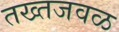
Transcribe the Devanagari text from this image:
तख्तजवळ